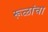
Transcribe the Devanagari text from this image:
रूळांचा